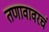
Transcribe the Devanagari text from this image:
तणावावरचं